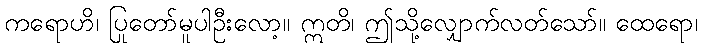
ကရောဟိ၊ ပြုတော်မူပါဦးလော့။ ဣတိ၊ ဤသို့လျှောက်လတ်သော်။ ထေရော၊